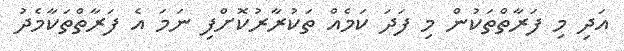
އަދި މި ފަރާތްތަކުން މި ފަދަ ކަމެއް ތަކުރާރުކޮށްފި ނަމަ އެ ފަރާތްތަކާމެދު